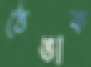
ঠেঙাক